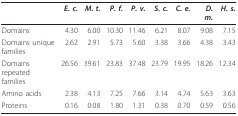
<table><thead><tr><td></td><td><b><i>E. c.</i></b></td><td><b><i>M. t.</i></b></td><td><b><i>P. f.</i></b></td><td><b><i>P. v.</i></b></td><td><b><i>S. c.</i></b></td><td><b><i>C. e.</i></b></td><td><b><i>D. m.</i></b></td><td><b><i>H. s.</i></b></td></tr></thead><tbody><tr><td>Domains</td><td>4.30</td><td>6.00</td><td>10.30</td><td>11.46</td><td>6.21</td><td>8.07</td><td>9.08</td><td>7.15</td></tr><tr><td>Domains unique families</td><td>2.62</td><td>2.91</td><td>5.73</td><td>5.60</td><td>3.38</td><td>3.66</td><td>4.38</td><td>3.43</td></tr><tr><td>Domains repeated families</td><td>26.56</td><td>39.61</td><td>23.83</td><td>37.48</td><td>23.79</td><td>19.95</td><td>18.26</td><td>12.34</td></tr><tr><td>Amino acids</td><td>2.38</td><td>4.13</td><td>7.25</td><td>7.66</td><td>3.14</td><td>4.74</td><td>5.63</td><td>3.63</td></tr><tr><td>Proteins</td><td>0.16</td><td>0.08</td><td>1.80</td><td>1.31</td><td>0.38</td><td>0.70</td><td>0.59</td><td>0.56</td></tr></tbody></table>